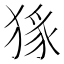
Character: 𭸜